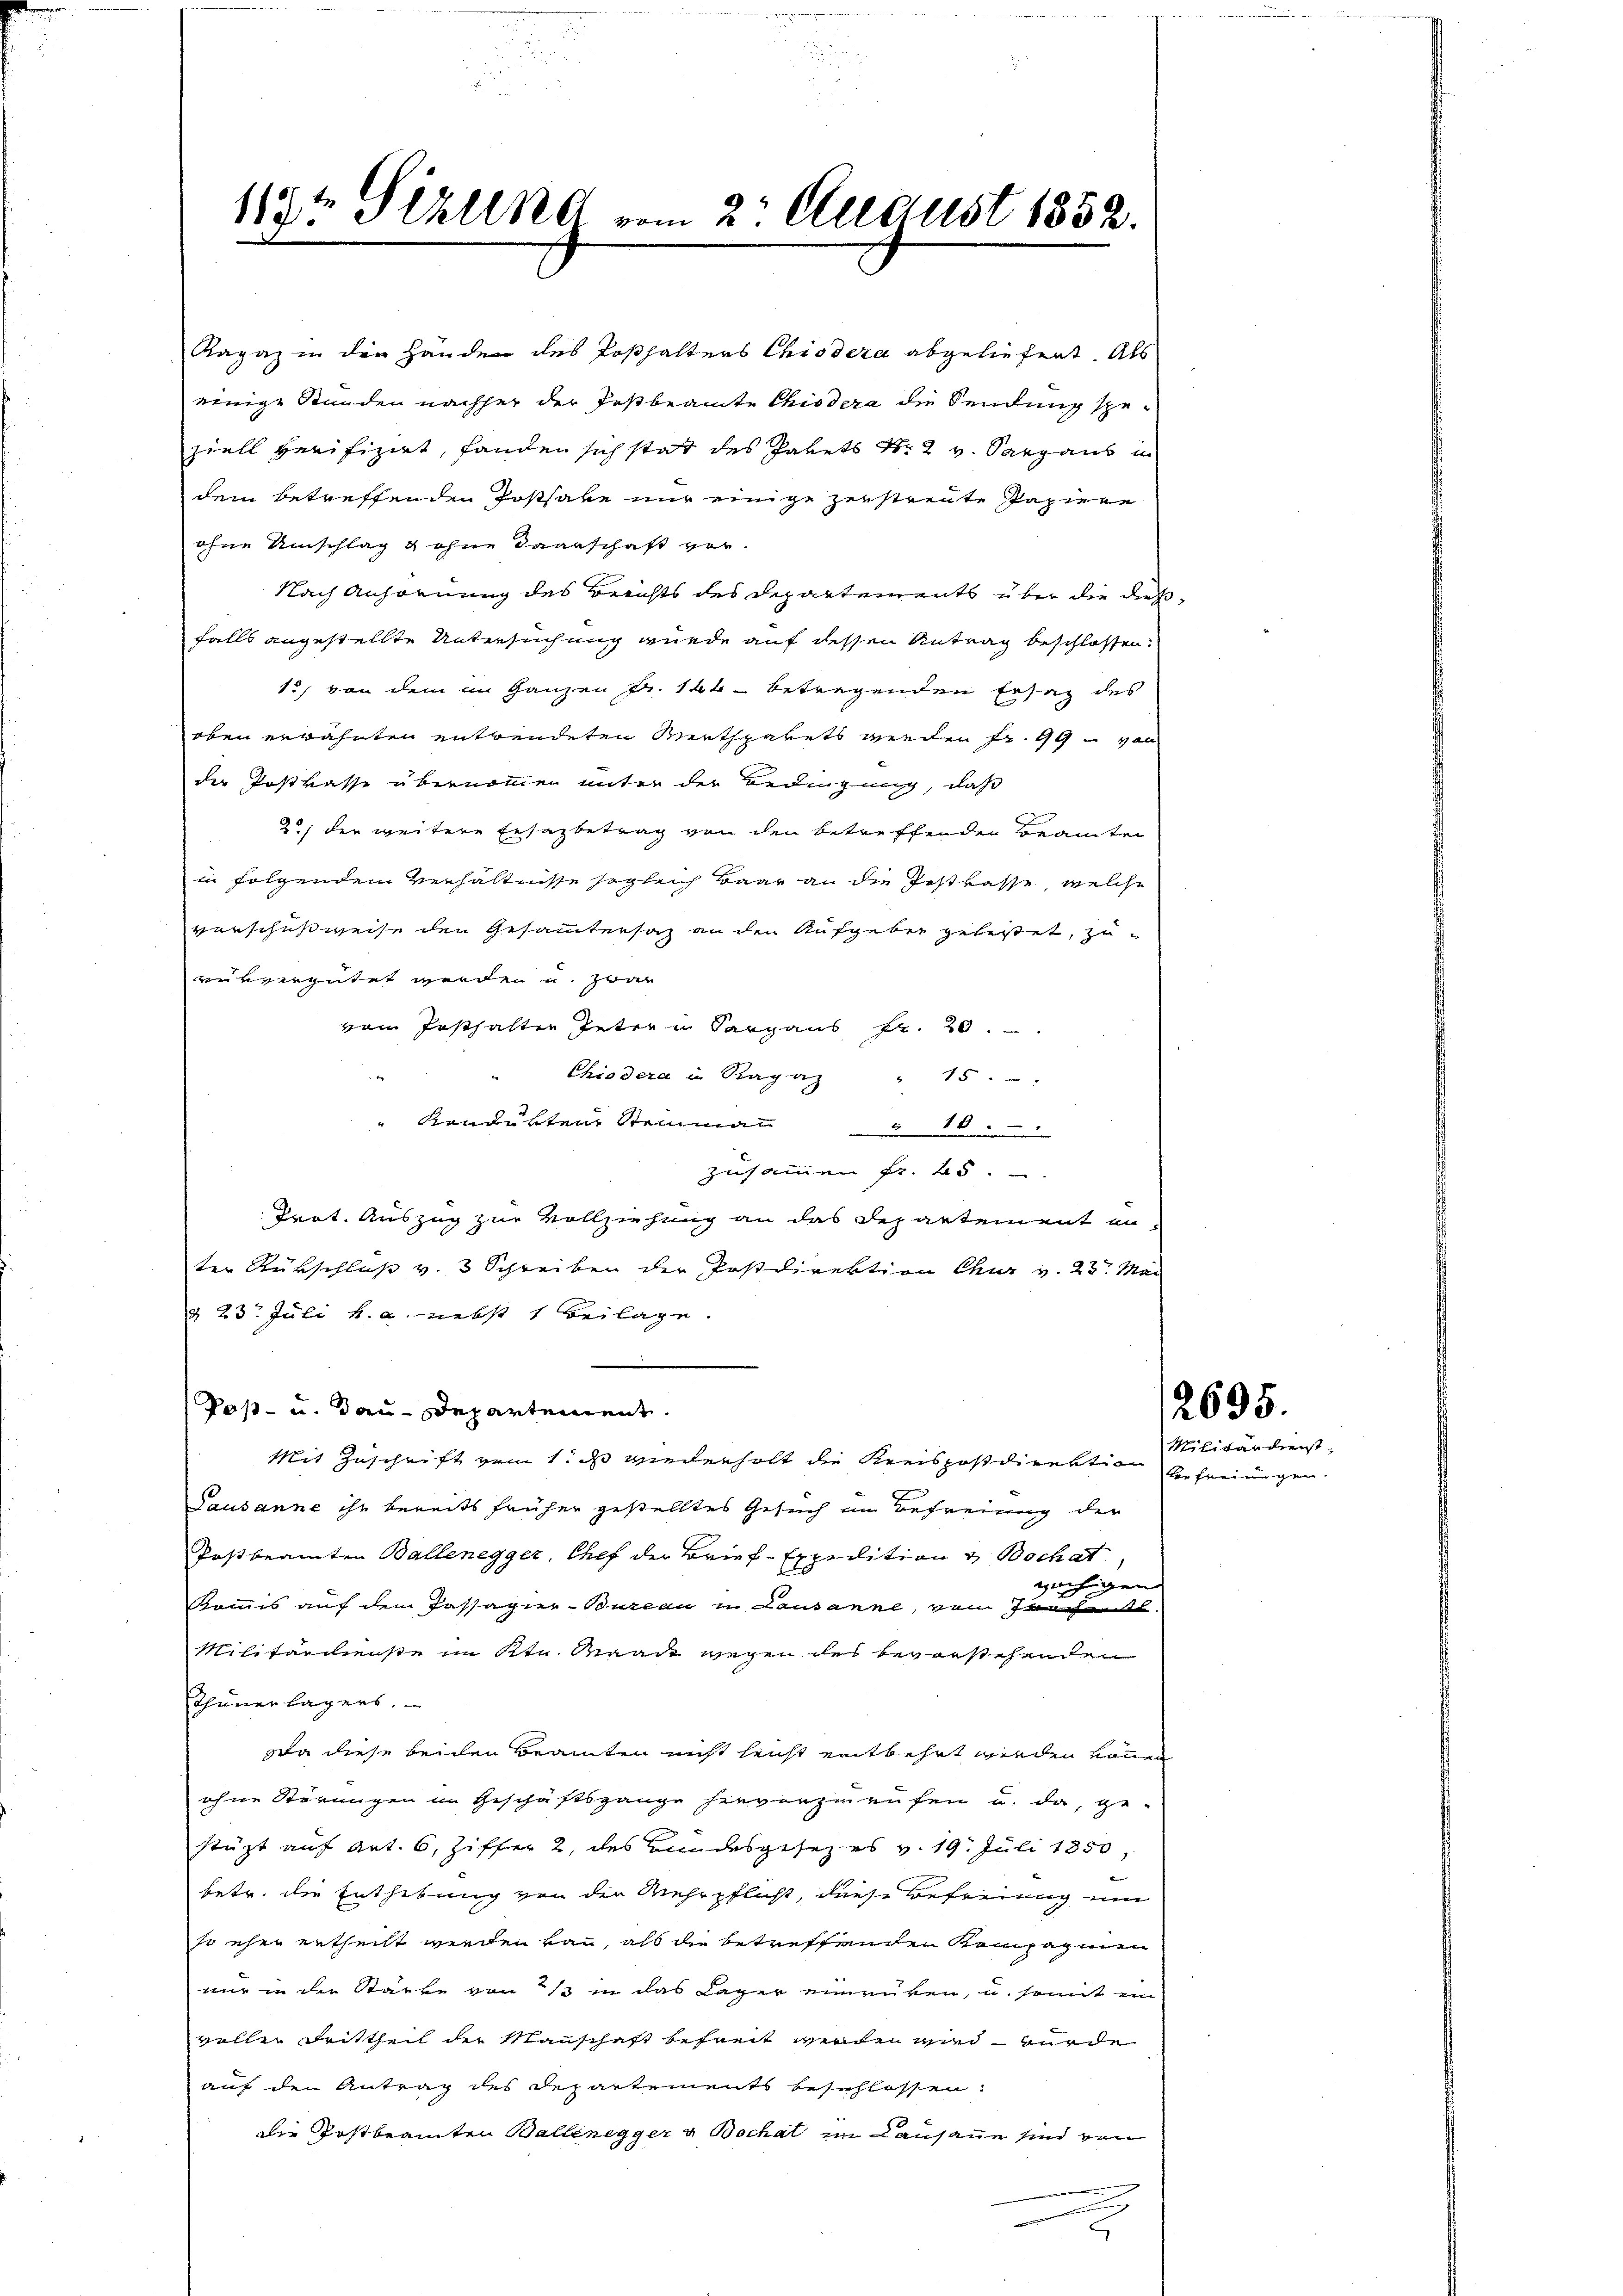
Ragaz in den Handen des Posthalters Chiedera abgeliefert. Als
einige Stunden nachher der Postbeamte Chisdera die Sendung speziell verifizirt, fanden sich statt des Pakets Nr. 2 v. Sargaus in
dem betreffenden Posthabe nur einige zerstreute Papiere
ohne Umschlag g ohne Baarschaft ver-
Nach Anfornung des Berichts des Departements über die dießfalls angestellte Untersuchung wurde auf dessen Antrag beschlossen.
15, von dem in Ganzen Fr. 144 betragenden Ersatz des
oben erwähnten entwendeten Werthpakets werden Fr. 99 von
der Postkasse übernommen unter der Bedingung, daß
2) der weitere Ersatzbetrag von den betreffenden Beamten
in folgendem Verhältnisse sogleich baar an die Postkasse, welche
verschußweise den Gesamtersaz an den Aufgeber geleistet, zuvurvergütet werde u. zwar
vom Posthalten Peter u Sargaus Fr. 20.
Chio dera in Ragaz
5
"Kondukten Steinmann 10.
zusammen fr. 25.
Trat. Auszug zur Vollziehung an das Departement un-
ter Rückschluss v. 3 Schreiben der Postdirektion Chur v. 23. Mai
§ 23. Juli v. a. nebst 1 Beilage.
Paß- und Bau-Departement.
Mit Zuschrift vom 1. ds wiederholt die Kreispostdirektion bereinigen.
Lausanne ihn bereits früher gestelltes Gesuch im Befreiung der
Postbeamten Ballenegger, Chef der Brief-Expedition & Bochat,
zechigen
Kommis auf dem Passapier-Bureau in Lausanne, von Zürchenkt.
Militärdienste im Ktn. Merade wegen des bevorstehenden
Thunerlagers.
Da diese beiden Beamten nicht leicht entbehrt werden können
ohne Störungen in Geschäftsgange hievorzurufen u. da, ge-
stüzt auf Art. 6, Ziffer 2, des Bundesgesezes v. 19. Juli 1850,
betr. die Enthebung von der Mehrpflicht, diese Befreiung un
so eher ertheilt werden kan, als die betreffenden Kompagnien
nur in der Stärke von 1 in das Lager einrüken, u. somit ein
valler drittheil der Manschaft befreit werden wird wurde
auf den Antrag des Departements beschlossen:
die Postbeamten Ballenegger u Bochat im Lausanne sind von
¬
5

119t Sekund vom 2. August 1852.

2695.

Militärdienst